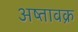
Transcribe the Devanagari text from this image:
अष्तावक्र